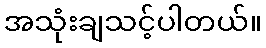
အသုံးချသင့်ပါတယ်။